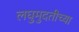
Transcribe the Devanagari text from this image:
लघुमुदतीच्‍या